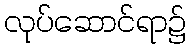
လုပ်ဆောင်ရာ၌